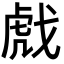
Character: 𫻺